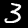
Label: 3